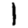
Digit: 1